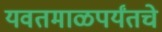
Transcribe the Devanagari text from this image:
यवतमाळपर्यंतचे